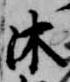
沐